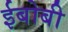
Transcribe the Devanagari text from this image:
ईबोबी